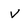
Character: v